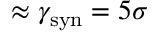
\approx \gamma _ { \mathrm { s y n } } = 5 \sigma